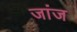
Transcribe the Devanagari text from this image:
जांज